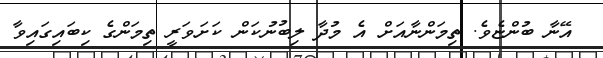
އޭނާ ބުންޏެވެ. ތިމަންނާއަށް އެ މުދާ ލިބުނުކަން ކަށަވަރީ ތިމަންގެ ކިބައިގައިވާ